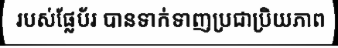
របស់ផ្លែប័រ បានទាក់ទាញប្រជាប្រិយភាព